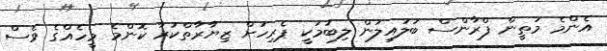
އެންމެ މަތީން ފްރާންސް ބަލައިލަން ލިބުމަކީ ޕެރިހަށް ޒިޔާރާތްކުރާ ކޮންމެ މީހެއްގެ ވެސް